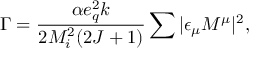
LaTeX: \Gamma = \frac { \alpha e _ { q } ^ { 2 } k } { 2 M _ { i } ^ { 2 } ( 2 J + 1 ) } \sum | \epsilon _ { \mu } M ^ { \mu } | ^ { 2 } ,